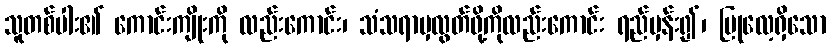
သူတစ်ပါး၏ ကောင်းကျိုးကို လည်းကောင်း၊ သံသရာမှလွတ်ဖို့ကိုလည်းကောင်း ရည်မှန်း၍၊ ပြုလေ့ရှိသော